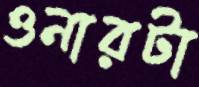
ওনারটা